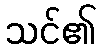
သင်၏